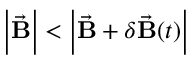
\left| \vec { \mathbf B } \right| < \left| \vec { \mathbf B } + \delta \vec { \mathbf { B } } ( t ) \right|